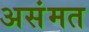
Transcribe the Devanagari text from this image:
असंमत